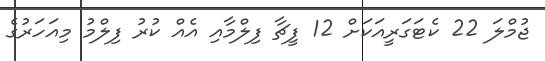
ޖުމްލަ 22 ކެޓަގަރީއަކަށް 12 ފީޗާ ފިލްމާއި އެއް ކުރުު ފިލްމު މިއަހަރުގެ